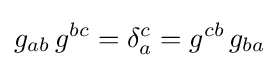
g_{ab}\,g^{bc}=\delta _{a}^{c}=g^{cb}\,g_{ba}